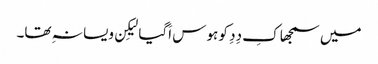
میں سمجھا کِ دِدِ کو ہوس اَگیا لیکِن ویسا نہِ تھا۔